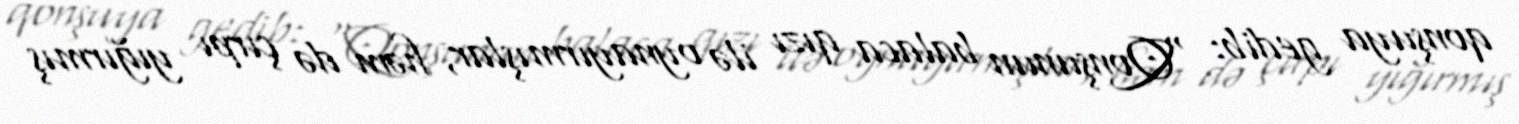
qonşuya gedib: “Qonşunun balaca qızı ilə oynayırmışlar, həm də çırpı yığırmış